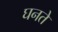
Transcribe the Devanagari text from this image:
घनते